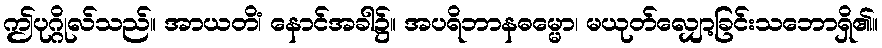
ဤပုဂ္ဂိုလ်သည်။ အာယတိံ၊ နောင်အခါ၌။ အပရိဘာနဓမ္မော၊ မယုတ်လျှော့ခြင်းသဘောရှိ၏။